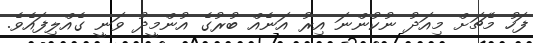
ފަހު މެޗަށް މިއަދު ނުކުންނަ އިރު އަނެއް ބުރުގެ އުންމީދު ވަނީ ގެއްލިފައެވެ.